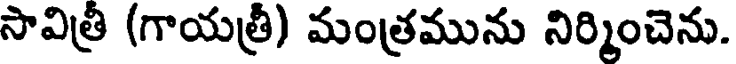
సావిత్రీ (గాయత్రీ) మంత్రమును నిర్మించెను.